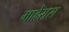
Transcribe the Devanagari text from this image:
माहेरास